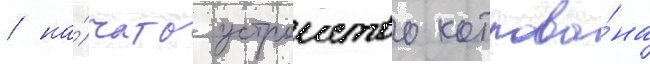
/ на́чато устроиство котлова́на